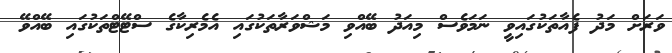
ވަރަށް މަދު ފެއާތަކުގައިވީ ނަމަވެސް މިއަދު ބޭއްވި މަޝްވަރާތަކުގައި އެމެރިކާގެ ސްޓޭޓްތަކުގައި ބޭއްވޭ